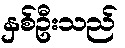
နှစ်ဦးသည်